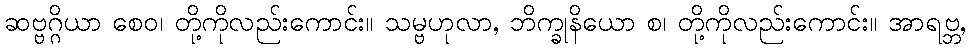
ဆဗ္ဗဂ္ဂိယာ စေဝ၊ တို့ကိုလည်းကောင်း။ သမ္ဗဟုလာ, ဘိက္ခုနိယော စ၊ တို့ကိုလည်းကောင်း။ အာရဗ္ဘ,